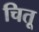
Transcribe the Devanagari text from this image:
चितू